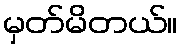
မှတ်မိတယ်။